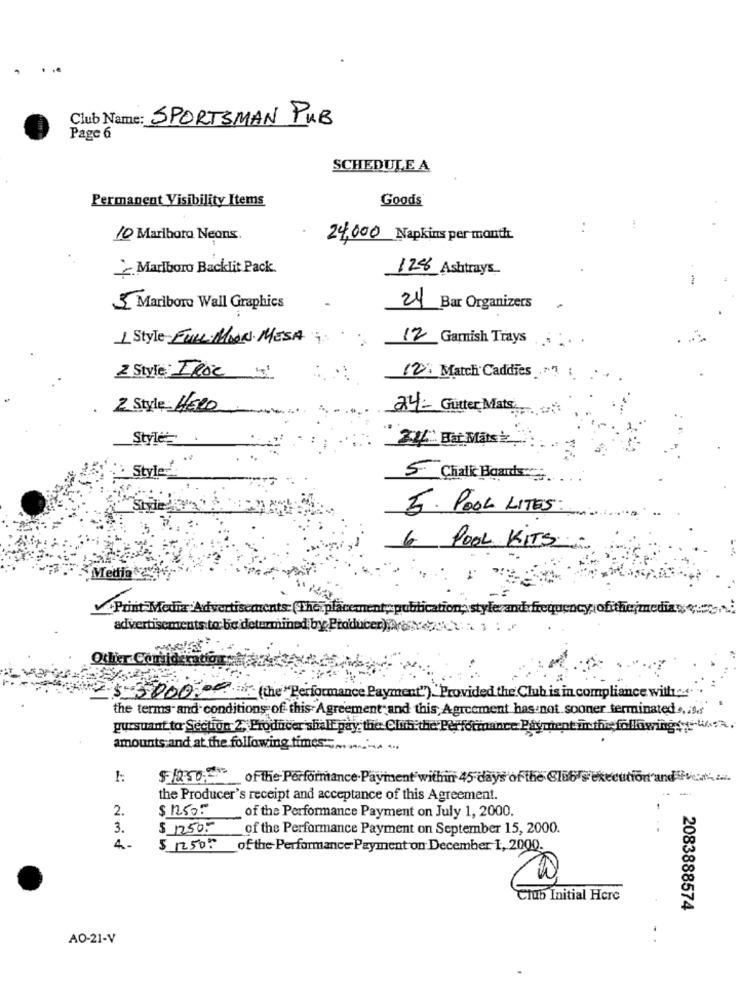
Club Name: SPORTSMAN PUB
Page 6
SCHEDULE A
Permanent Visibility Items
Goods
:
...
10 Marlboro Neons.
24,000 Napkins per month
Marlboro Backlit Pack.
128 Ashtrays
3. Marlboro Wall Graphics
24 Bar Organizers
1 Style FULL MOON MESA
12 Garnish Trays
2 Style: Ilic 51
12: Match Caddies
2. Style HERO
24- Gutter Mats
Style
24 HourMast
Style-
5 Chalk Boards
5. POOL LITES:
6 POOL KITS
Medio
Print Media Advertisements: (The plac
enty:
mystyle and frequency, ofithejmedias
advertisements to be determined by Producer);are
$5000
':' (the "Performance Payment""). " Provided the Club is in compliance with ...
the terms and conditions of this Agreement and this Agreement has not sooner terminated .. .. "
pursuant to Section 2, Producer shall pay the Chili the Performance. P
tent in the followings( W ...
amounts and at the following times
$1250
of the- Performance.Payment within 45 days of the Club s'execution
and&#
the Producer's receipt and acceptance of this Agreement.
2.
$ 1250.º
of the Performance Payment on July 1, 2000.
3.
$ 1250.5
of the Performance Payment on September 15, 2000.
4 .-
$ 12500
of the Performance Payment on December 1, 2000.
Club Initial Here
2083888574
AO-21-V